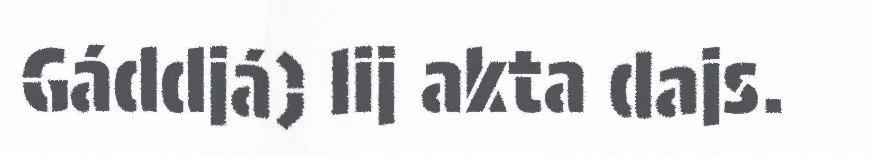
Gáddjá) lij akta dajs.